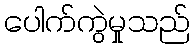
ပေါက်ကွဲမှုသည်